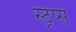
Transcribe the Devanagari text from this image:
स्ट्रेप्स